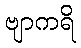
ဗျာကရိ